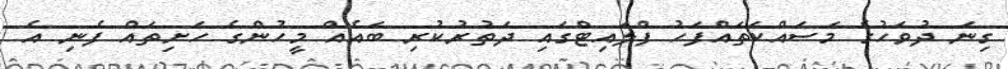
ގިނަ ދުވަހުގެ މަސައްކަތައްފަހު ފްލައިޓްގައި ދަތުރުކުރި ބައެއް މީހުންގެ ހަށިތައް ފެނި އެ